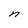
Character: n